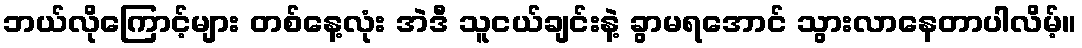
ဘယ်လိုကြောင့်များ တစ်နေ့လုံး အဲဒီ သူငယ်ချင်းနဲ့ ခွာမရအောင် သွားလာနေတာပါလိမ့်။